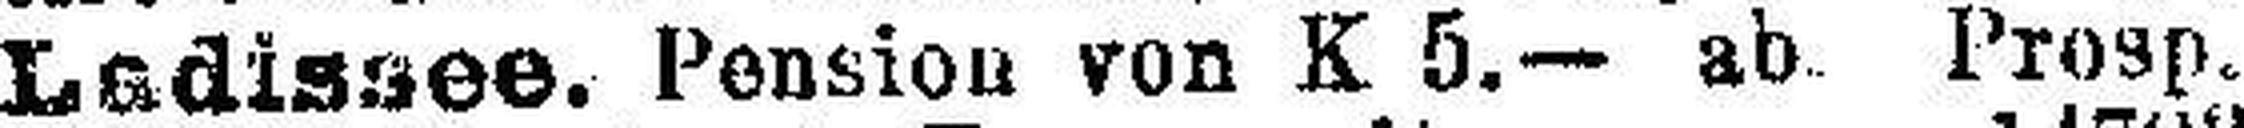
Ladissee. Pension von K 5.— ab Prosp.